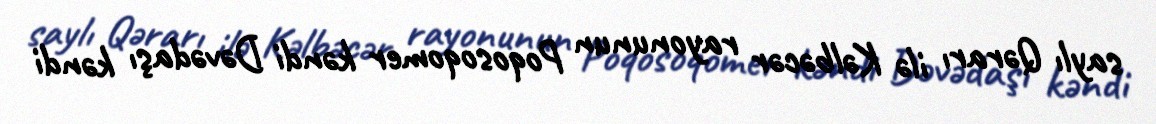
saylı Qərarı ilə Kəlbəcər rayonunun Poqosoqomer kəndi Dəvədaşı kəndi